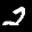
Label: 2